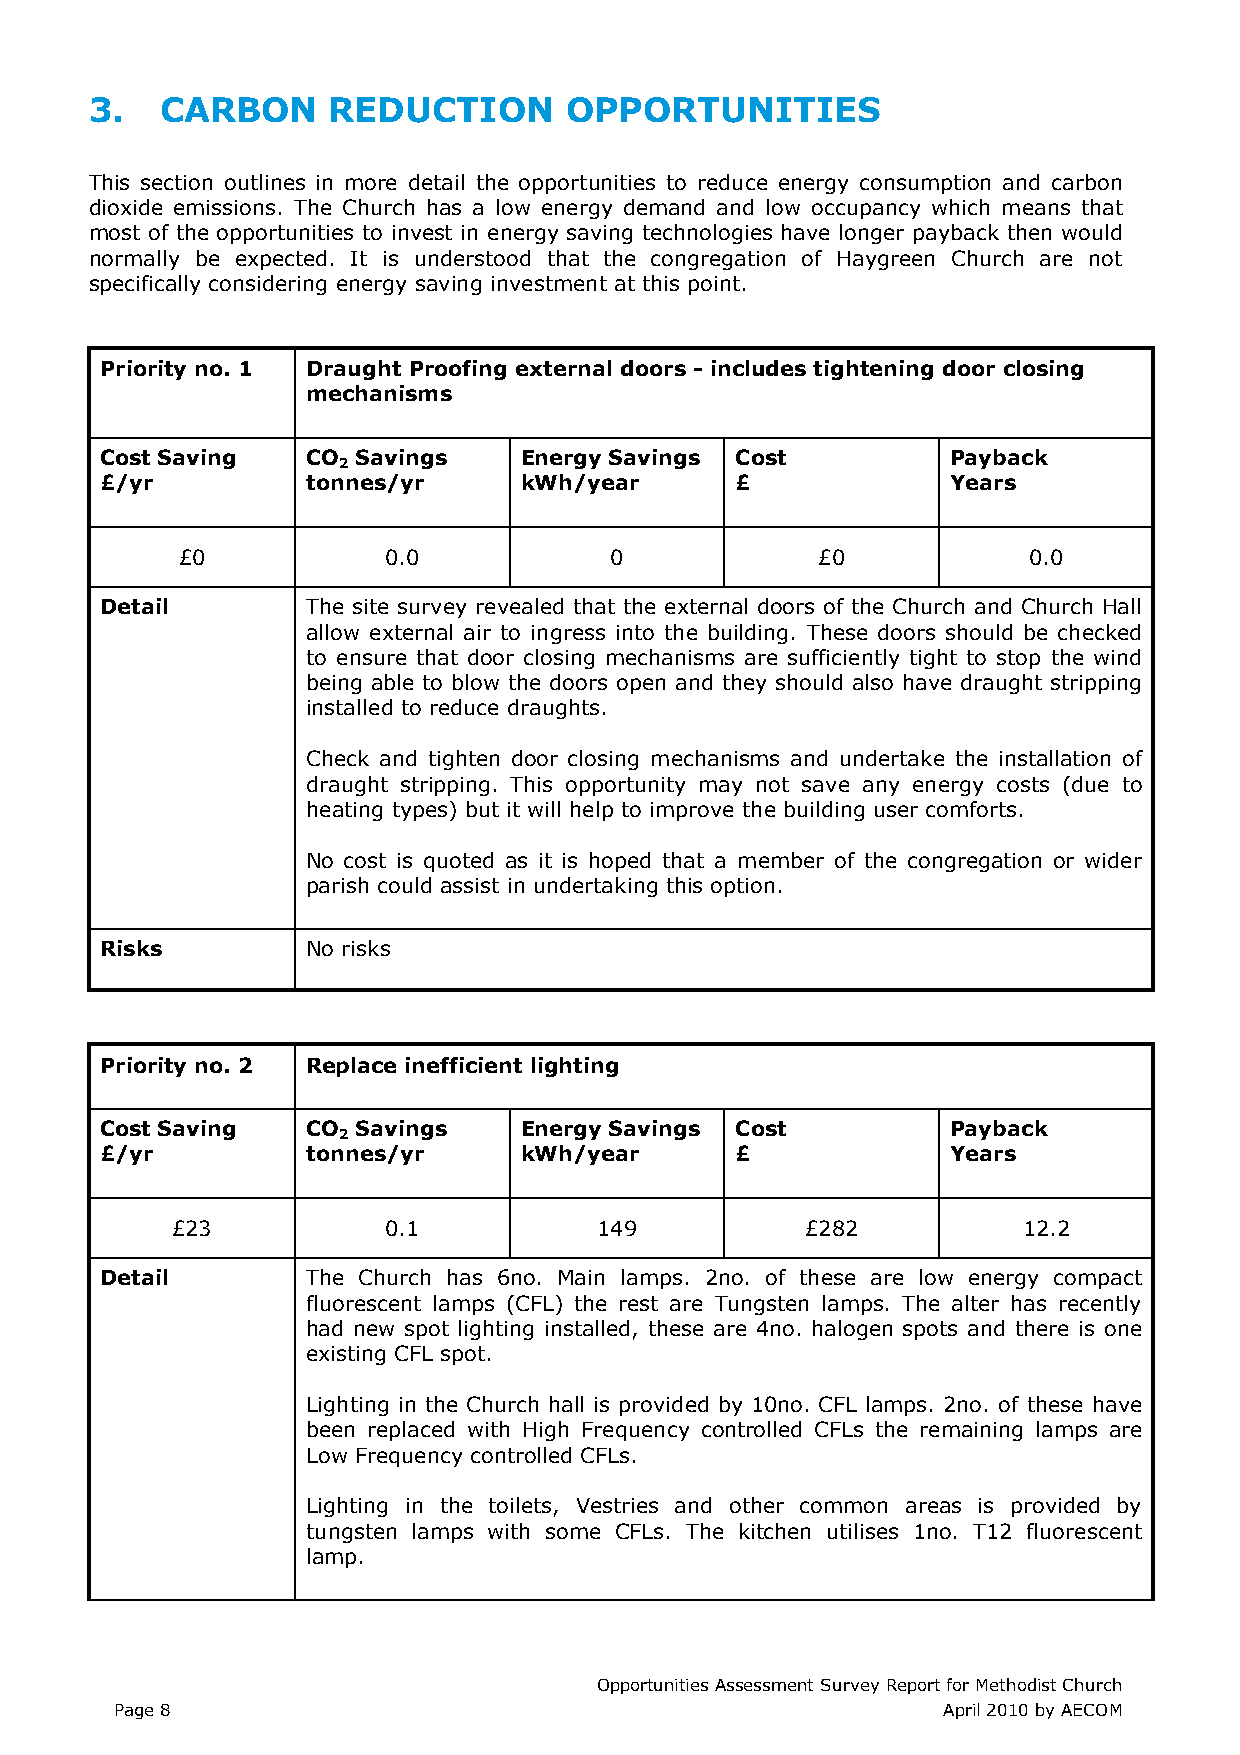
3.   CARBON     REDUCTION      OPPORTUNITIES
 This section outlines in more detail the opportunities to reduce energy consumption and carbon
 dioxide emissions. The Church has a low energy demand and low occupancy which means that
 most of the opportunities to invest in energy saving technologies have longer payback then would
 normally be expected. It is understood that the congregation of Haygreen Church are not
 specifically considering energy saving investment at this point.
 Priority no. 1 Draught Proofing external doors - includes tightening door closing
 mechanisms
 Cost Saving  CO  Savings   Energy Savings Cost          Payback
 2
 £/yr         tonnes/yr     kWh/year       £             Years
 £0           0.0            0             £0            0.0
 Detail       The site survey revealed that the external doors of the Church and Church Hall
 allow external air to ingress into the building. These doors should be checked
 to ensure that door closing mechanisms are sufficiently tight to stop the wind
 being able to blow the doors open and they should also have draught stripping
 installed to reduce draughts.
 Check and tighten door closing mechanisms and undertake the installation of
 draught stripping. This opportunity may not save any energy costs (due to
 heating types) but it will help to improve the building user comforts.
 No cost is quoted as it is hoped that a member of the congregation or wider
 parish could assist in undertaking this option.
 Risks        No risks
 Priority no. 2 Replace inefficient lighting
 Cost Saving  CO  Savings   Energy Savings Cost          Payback
 2
 £/yr         tonnes/yr     kWh/year       £             Years
 £23           0.1            149          £282           12.2
 Detail       The Church has 6no. Main lamps. 2no. of these are low energy compact
 fluorescent lamps (CFL) the rest are Tungsten lamps. The alter has recently
 had new spot lighting installed, these are 4no. halogen spots and there is one
 existing CFL spot.
 Lighting in the Church hall is provided by 10no. CFL lamps. 2no. of these have
 been replaced with High Frequency controlled CFLs the remaining lamps are
 Low Frequency controlled CFLs.
 Lighting in the toilets, Vestries and other common areas is provided by
 tungsten lamps with some CFLs. The kitchen utilises 1no. T12 fluorescent
 lamp.
 Opportunities Assessment Survey Report for Methodist Church
 Page 8                                                April 2010 by AECOM